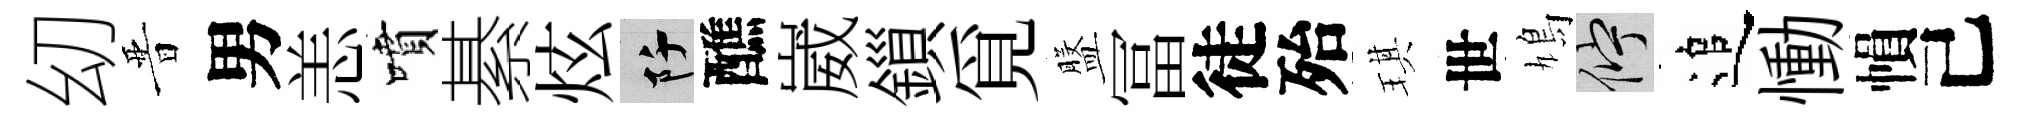
㓜晋男恙噴綦炫阡醮崴鎻覓盤冨徒殆琪世鳩伫追慟𢄙己